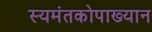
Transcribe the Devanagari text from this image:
स्यमंतकोपाख्यान